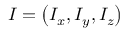
\boldsymbol { I } = \left( I _ { x } , I _ { y } , I _ { z } \right)